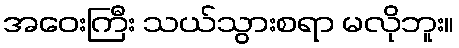
အဝေးကြီး သယ်သွားစရာ မလိုဘူး။